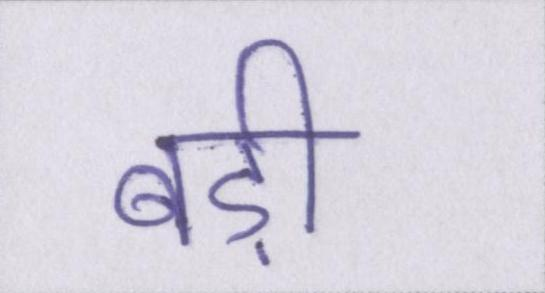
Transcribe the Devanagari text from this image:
बड़ी